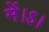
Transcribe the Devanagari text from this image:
में।ऽ।